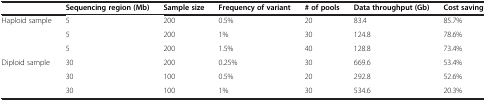
<table><thead><tr><td>[EMPTY_CELL]</td><td><b>Sequencing region (Mb)</b></td><td><b>Sample size</b></td><td><b>Frequency of variant</b></td><td><b># of pools</b></td><td><b>Data throughput (Gb)</b></td><td><b>Cost saving</b></td></tr></thead><tbody><tr><td rowspan="3">Haploid sample</td><td>5</td><td>200</td><td>0.5%</td><td>20</td><td>83.4</td><td>85.7%</td></tr><tr><td>5</td><td>200</td><td>1%</td><td>30</td><td>124.8</td><td>78.6%</td></tr><tr><td>5</td><td>200</td><td>1.5%</td><td>40</td><td>128.8</td><td>73.4%</td></tr><tr><td>Diploid sample</td><td>30</td><td>200</td><td>0.25%</td><td>30</td><td>669.6</td><td>53.4%</td></tr><tr><td>[EMPTY_CELL]</td><td>30</td><td>100</td><td>0.5%</td><td>20</td><td>292.8</td><td>52.6%</td></tr><tr><td>[EMPTY_CELL]</td><td>30</td><td>100</td><td>1%</td><td>30</td><td>534.6</td><td>20.3%</td></tr></tbody></table>